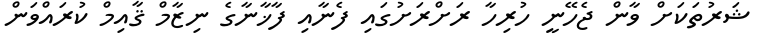
ޝަރުތަކަށް ވާން ޖެހޭނީ ހުރިހާ ރަށްރަށުގައި ފެނާއި ފާޚާނާގެ ނިޒާމް ޤާއިމް ކުރައްވަން